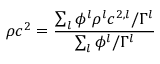
\rho c ^ { 2 } = \frac { \sum _ { l } \phi ^ { l } \rho ^ { l } c ^ { 2 , l } / \Gamma ^ { l } } { \sum _ { l } \phi ^ { l } / \Gamma ^ { l } }